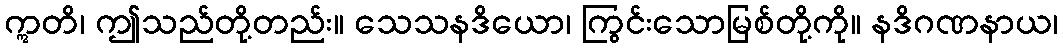
ဣတိ၊ ဤသည်တို့တည်း။ သေသနဒိယော၊ ကြွင်းသောမြစ်တို့ကို။ နဒိဂဏနာယ၊